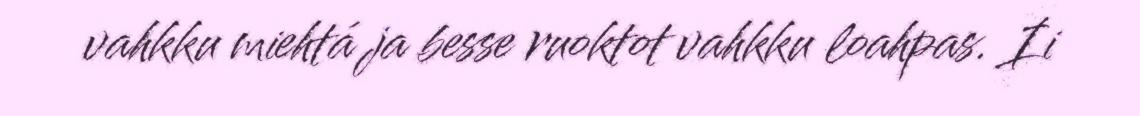
vahkku miehtá ja besse ruoktot vahkku loahpas. Ii